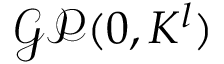
\mathcal { G P } ( 0 , K ^ { l } )